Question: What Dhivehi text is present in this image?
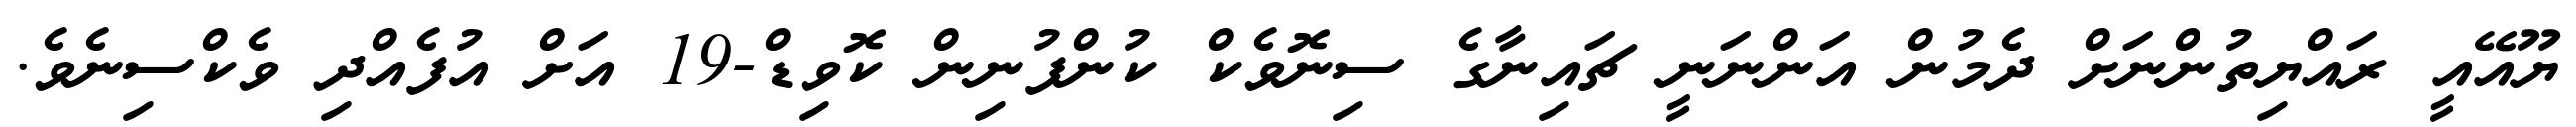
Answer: ޔޫއޭއީ ރައްޔިތުންނަށް ދެމުން އަންނަނީ ޗައިނާގެ ސިނޮވެކް ކުންފުނިން ކޮވިޑް-19 އަށް އުފެއްދި ވެކްސިނެވެ.